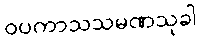
ဝပကာသသမဏသုခါ